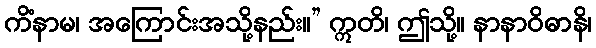
ကိံနာမ၊ အကြောင်းအသို့နည်း။” ဣတိ၊ ဤသို့။ နာနာဝိဓာနိ၊